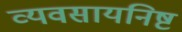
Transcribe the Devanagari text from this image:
व्यवसायनिष्ट